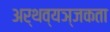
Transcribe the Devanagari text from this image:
अर्थव्यञ्जकता